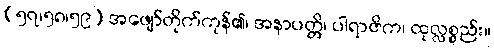
(၅၇၊၅၈၊၅၉) အဖျော်တိုက်ကုန်၏၊ အနာပတ္တိ၊ ပါရာဇိက၊ ထုလ္လစ္စည်း။